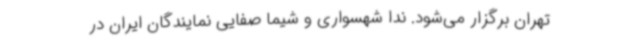
تهران برگزار می‌شود. ندا شهسواری و شیما صفایی نمایندگان ایران در